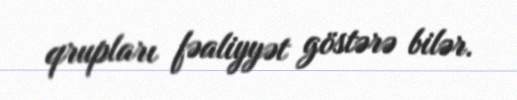
qrupları fəaliyyət göstərə bilər.